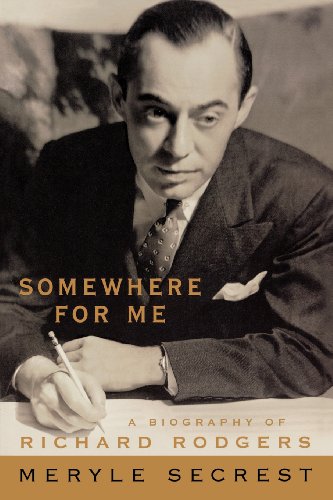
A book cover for Somewhere for Me - A Biography of Richard Rodgers; Meryle Secrest; Biographies & Memoirs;